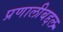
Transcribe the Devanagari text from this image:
प्रणालीबद्दल